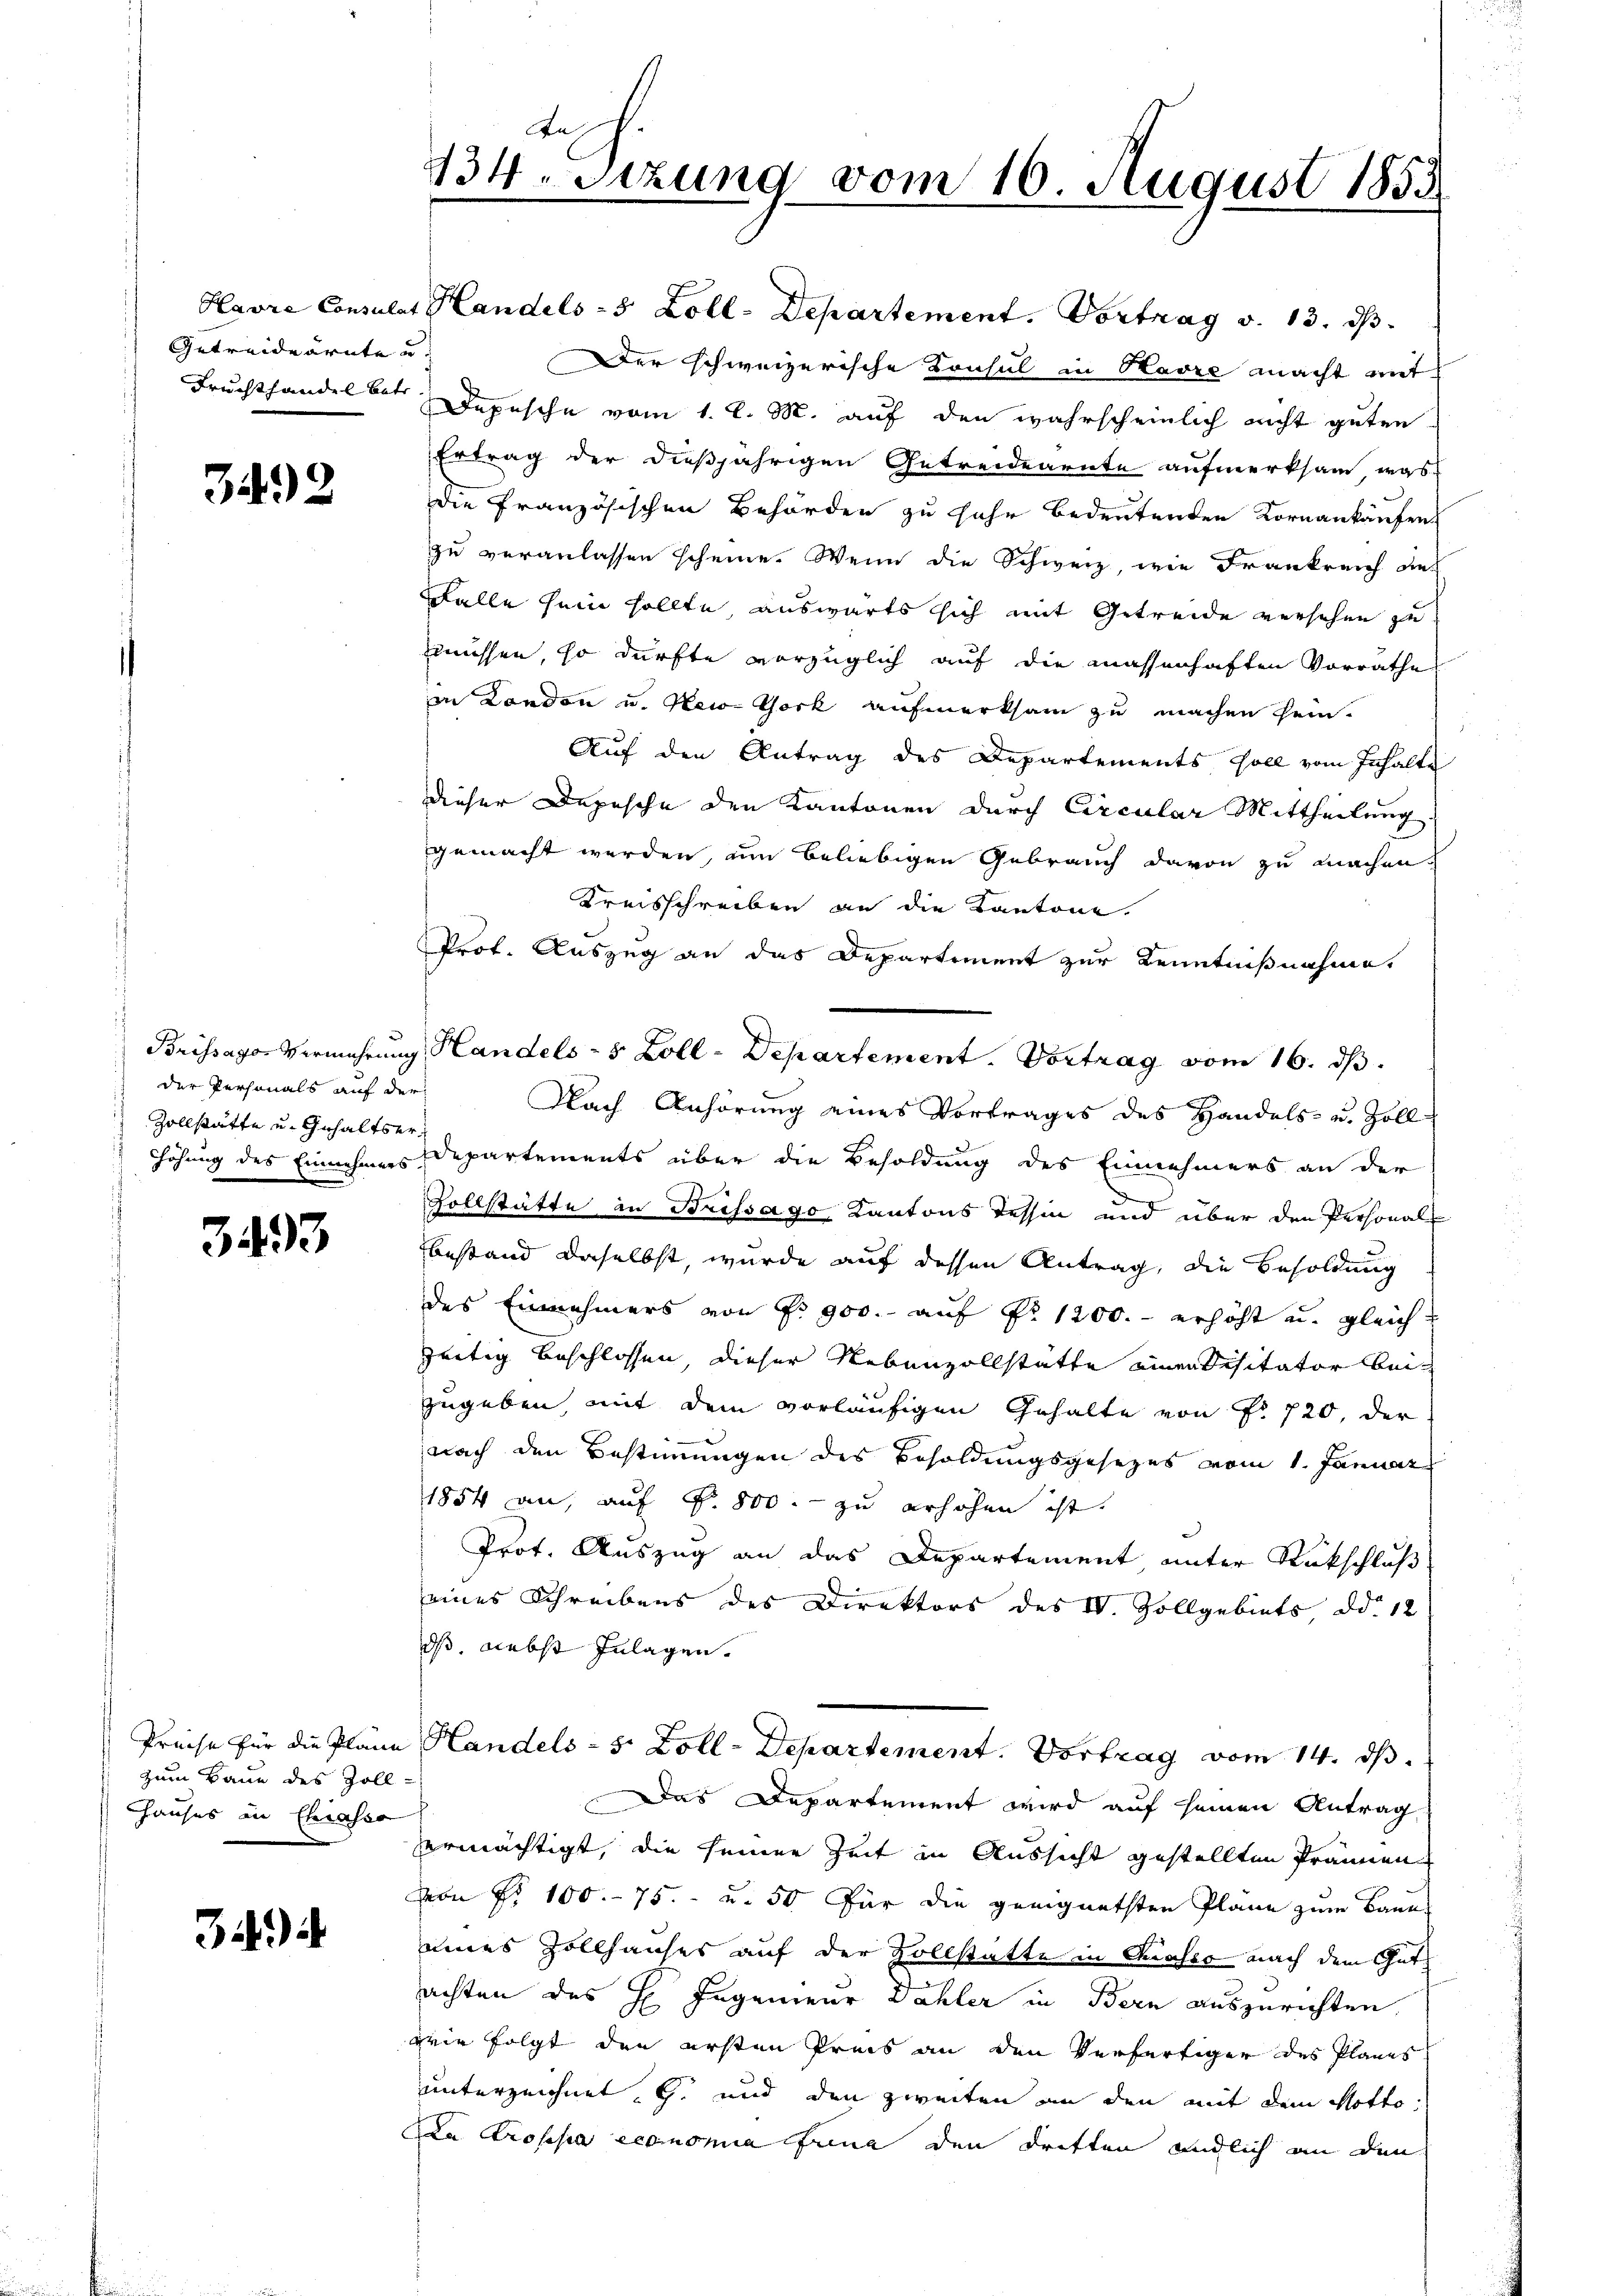
Getreideärnte u.

3492

) der Personals auf der
Zollstätte u. Gehaltser¬

3493

zum Baue des Zoll-
Hauses in Chiasso

)

Rh.
134. Sitzung vom 10. August 1853

Havre Consulat Handels - 5 Zoll-Departement. Vortrag v. 13. ds.
Der schweizerische Konsul in Havre macht mit
Fruchthandel betr. Depesche vom 1. l. M. auf den wahrscheinlich nicht guten
Ertrag der dießjährigen Getreidearnte aufmerksam, was
die französischen Behörden zu sehr bedeutenden Kornankaufen
zu veranlassen scheine. Wenn die Schweiz, wie Frankreich des
Falle sein sollte, auswärts sich mit Getreide versehen zu
müssen, so dürfte vorzüglich auf die massenhaften Vorrathe
in London u. New-York aufmerksam zu machen sein.
Auf den Antrag des Departements soll vom Inhalte
dieser Depesche den Kantonen durch Circular Mittheilung
gemacht werden, um beliebigen Gebrauch davon zu machen.
Kreisschreiben an die Kantone.
Prof. Auszug an das Departement zur Kenntnißnahme.
Brissager Vermehrung Handels- 5 Zoll-Departement. Vortrag vom 16. ds.
Nach Anhörung eines Vortrages des Handels- u. Zoll
Höhung des Einnehmers Departements über die Besoldung des Einnehmers an der
Vollstätte in Brissago Kantons Tessin und über den Personal-
bestand daselbst, wurde auf dessen Antrag, die Besoldung
des Einnehmers von Nr. 900. auf Nr 1200.- erhöht u. gleichzeitig beschlossen, dieser Nebenzollstatte einen Visitator bei
zugeben, mit dem vorläufigen Gehalte von No 720, der
nach den Bestimmungen des Besoldungsgesezes vom 1. Januar
1854 an, auf Fr. 800. zu erhöhen ist.
Prot. Auszug an das Departement, unter Rückschluß
seines Schreibens des Direktors des IV. Vollgebiets, d. 12
ds, nebst Zulagen.
Preise für die Pläne Handels- 5 Zoll-Departement. Vortrag vom 14. ds.
Das Departement wird auf seinen Antrag
vermächtigt, die seiner Zeit in Aussicht gestellten Prämien
von No 100.- 75.- u. 50 für die geeignetsten Pläne zum Baues
eines Zollhauses auf der Zollstatte in Chasso nach dem Gutachten des H. Ingenieur Dähler in Bern auszurichten.
wie folgt den ersten Preis an den Verfertiger des Planes
unterzeichnet, G. und den zweiten an den mit dem Notto
Da Propsa ecomonia Grena den dritten endlich an den